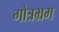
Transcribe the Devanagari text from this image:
गोत्रभ्रम